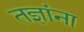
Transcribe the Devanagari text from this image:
तज्ञांना